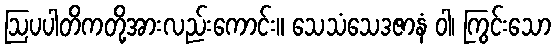
ဩပပါတိကတို့အားလည်းကောင်း။ သေသံသေဒဇာနံ ဝါ၊ ကြွင်းသော